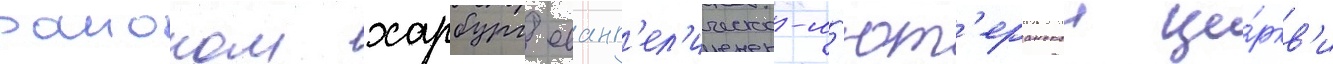
раионом харбург еванг'ел'ическо-л'ют'еранскои це́ркв'и